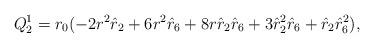
LaTeX: \begin{align*}Q^1_2 = r_0 (-2 r^2 \hat{r}_2 + 6 r^2 \hat{r}_6 + 8 r \hat{r}_2\hat{r}_6 + 3 \hat{r}_2^2 \hat{r}_6 + \hat{r}_2 \hat{r}_6^2),\end{align*}